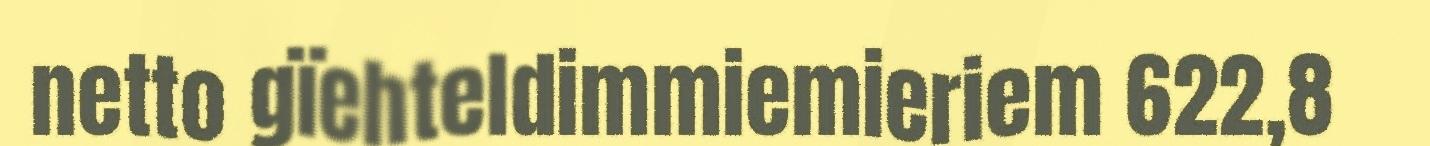
netto gïehteldimmiemieriem 622,8